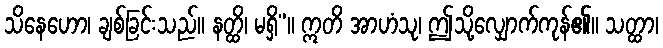
သိနေဟော၊ ချစ်ခြင်းသည်။ နတ္ထိ၊ မရှိ”။ ဣတိ အာဟံသု၊ ဤသို့လျှောက်ကုန်၏။ သတ္ထာ၊